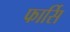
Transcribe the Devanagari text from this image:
फार्सि